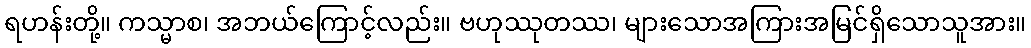
ရဟန်းတို့။ ကသ္မာစ၊ အဘယ်ကြောင့်လည်း။ ဗဟုဿုတဿ၊ များသောအကြားအမြင်ရှိသောသူအား။